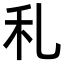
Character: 𥝏